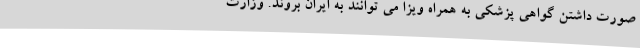
صورت داشتن گواهی پزشکی به همراه ویزا می توانند به ایران بروند. وزارت